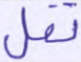
تقل